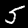
Digit: 5